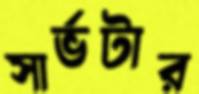
সার্ভটার